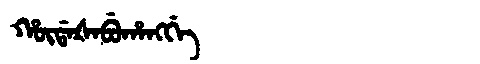
Manchu: ᡥᡡᡩᠠᡧᠠᠪᡠᡥᠠᠩᡤᡝ
Romanization: HŪDAŠABUHANGGE